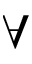
\forall